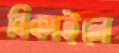
বিকাইলে